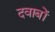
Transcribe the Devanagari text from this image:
दवाबों